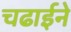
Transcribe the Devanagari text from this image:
चढाईने